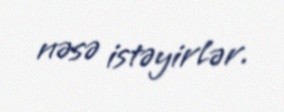
nəsə istəyirlər.